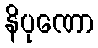
နိပုဏော